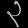
Digit: ၃